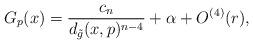
LaTeX: \begin{align*} G_p(x) = \frac{c_n}{d_{\tilde{g}}(x,p)^{n-4}} + \alpha + O^{(4)}(r),\end{align*}